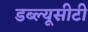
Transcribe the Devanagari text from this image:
डब्ल्यूसीटी